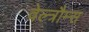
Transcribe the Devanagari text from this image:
वेल्त्रौम्स